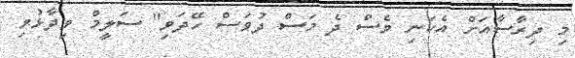
މި ދިރާސާއަށް އެކަނި ވެސް ދެ މަސް ދުވަސް ހޭދަވި" ސަލީމް ވިދާޅުވި